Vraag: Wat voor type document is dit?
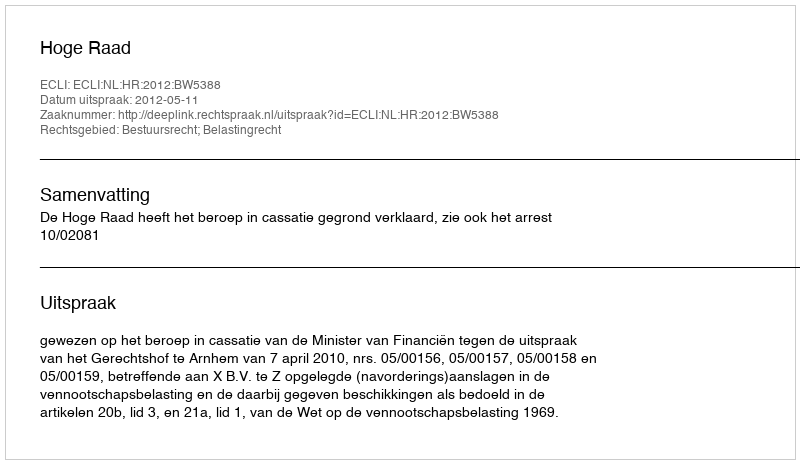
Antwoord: Uitspraak